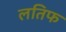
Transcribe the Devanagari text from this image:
लतिफ